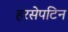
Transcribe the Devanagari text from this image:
हरसेपटिन